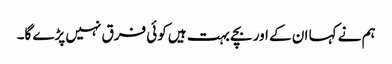
ہم نے کہا ان کے اور بچے بہت ہیں کوئی فرق نہیں پڑے گا۔